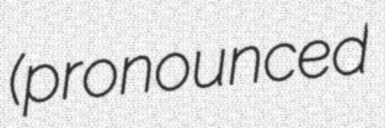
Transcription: (pronounced